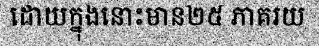
ដោយក្នុងនោះមាន២៥ ភាគរយ